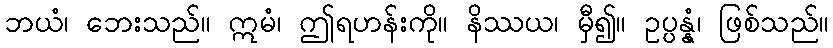
ဘယံ၊ ဘေးသည်။ ဣမံ၊ ဤရဟန်းကို။ နိဿယ၊ မှီ၍။ ဥပ္ပန္နံ၊ ဖြစ်သည်။